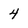
Character: 4